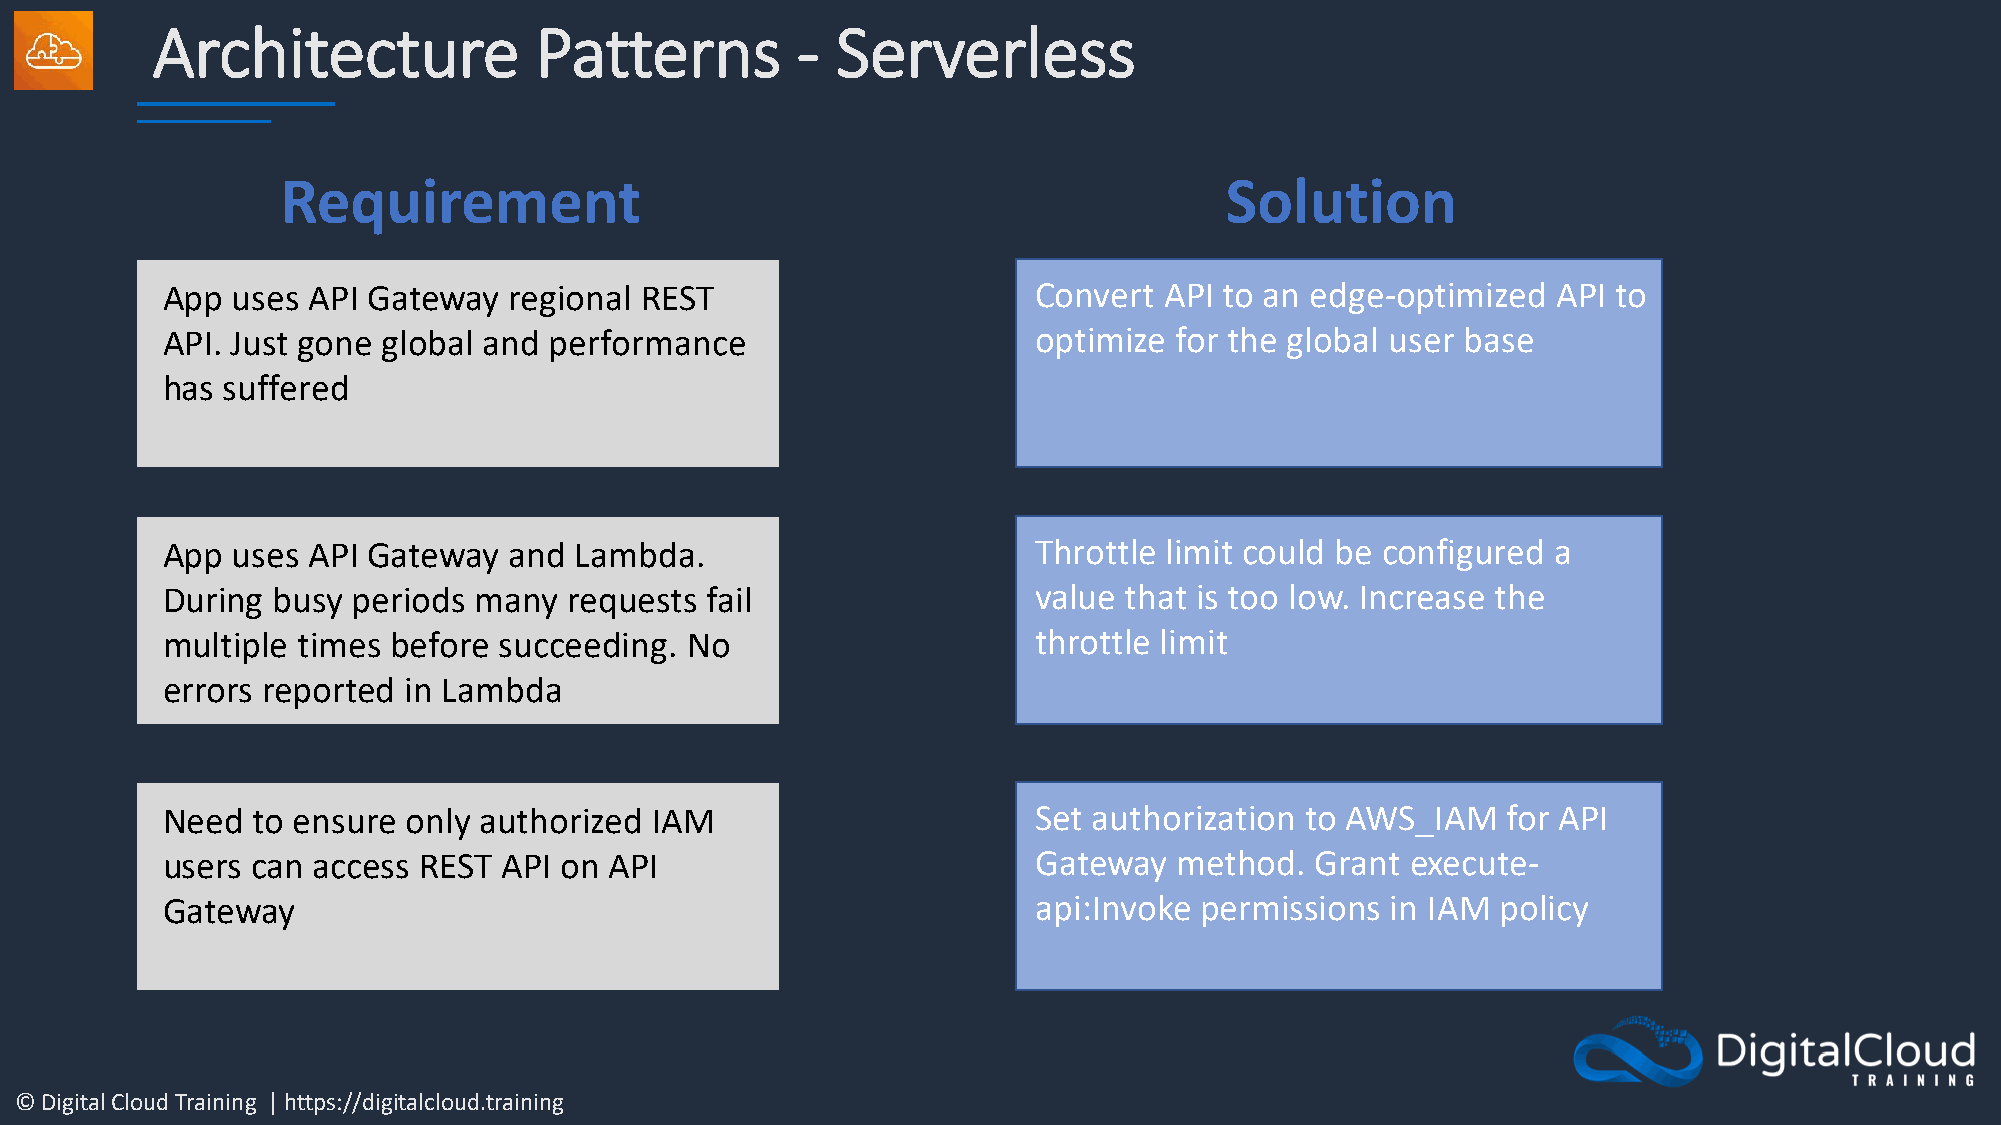
Architecture             Patterns          - Serverless
 Requirement                                                   Solution
 App uses API Gateway   regional REST                      Convert API to an edge-optimized  API to
 API. Just gone global and performance                     optimize for the global user base
 has suffered
 App uses API Gateway   and Lambda.                        Throttle limit could be configured a
 During busy periods many   requests fail                  value that is too low. Increase the
 multiple times before succeeding. No                      throttle limit
 errors reported in Lambda
 Need  to ensure only authorized IAM                       Set authorization to AWS_IAM   for API
 users can access REST API on API                          Gateway  method.  Grant execute-
 Gateway                                                   api:Invoke permissions in IAM policy
 © Digital Cloud Training | https://digitalcloud.training